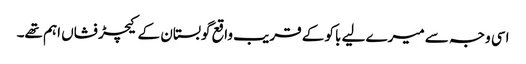
اسی وجہ سے میرے لیے باکو کے قریب واقع گوبستان کے کیچڑ فشاں اہم تھے۔